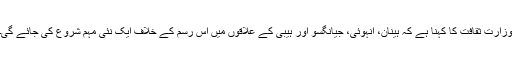
وزارت ثقافت کا کہنا ہے کہ ہینان، انہوئی، جیانگسو اور ہیبی کے علاقوں میں اس رسم کے خلاف ایک نئی مہم شروع کی جائے گی۔